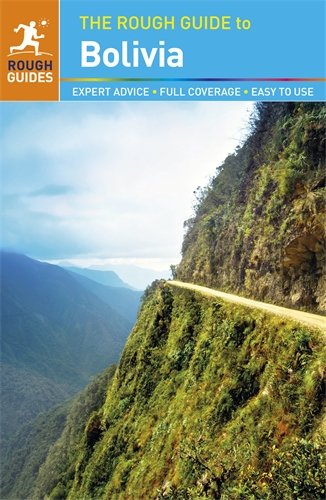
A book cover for The Rough Guide to Bolivia; Shafik Meghji; Travel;